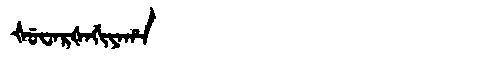
Manchu: ᡧᡠᠸᠠᡵᡧᠠᡤᡳᠶᠠᡥᠠ
Romanization: ŠUWARŠAGIYAHA